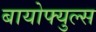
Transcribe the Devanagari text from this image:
बायोफ्युल्स